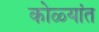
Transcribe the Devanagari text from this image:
कोळ्यांत